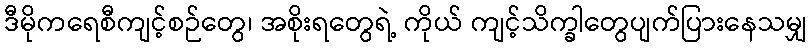
ဒီမိုကရေစီကျင့်စဉ်တွေ၊ အစိုးရတွေရဲ့ ကိုယ် ကျင့်သိက္ခါတွေပျက်ပြားနေသမျှ